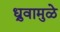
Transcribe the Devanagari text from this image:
ध्रुवामुळे